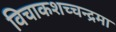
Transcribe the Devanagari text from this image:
विचाकशच्चन्द्रमा